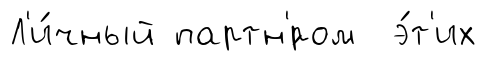
Л'и́чный партн'́ром э́т'их